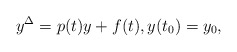
\begin{align*}y^{\Delta}=p(t)y+f(t),y(t_{0})=y_{0},\end{align*}